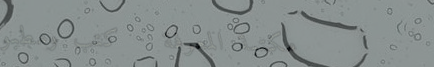
مكتبة المعرفة   كتب ومطبو